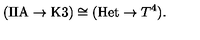
( \mathrm { I I A } \to \mathrm { K 3 } ) \cong ( \mathrm { H e t } \to T ^ { 4 } ) .